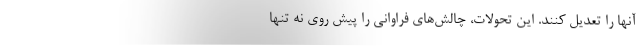
آنها را تعدیل کنند. این تحولات، چالش‌های فراوانی را پیش روی نه تنها